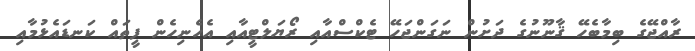
ރާއްޖޭގެ ބިމާބެހޭ ޤާނޫނުގެ ދަށުން ނަގަންޖަހޭ ޓެކްސްއާއި ރޯޔަލްޓީއާއި އެހެނިހެން ފީތައް ކަނޑައެޅުމާއި